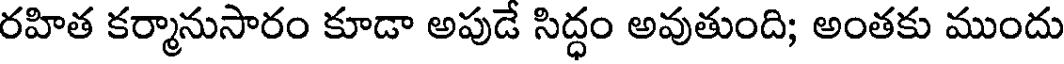
రహిత కర్మానుసారం కూడా అపుడే సిద్ధం అవుతుంది; అంతకు ముందు